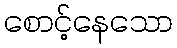
စောင့်နေသော